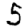
Digit: 5